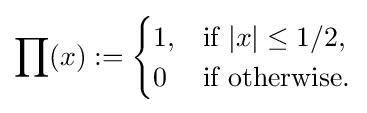
\prod (x):={\begin{cases}1,&{\mbox{if }}{|x|\leq 1/2},\\0&{\mbox{if }}{\mbox{otherwise}}.\\\end{cases}}